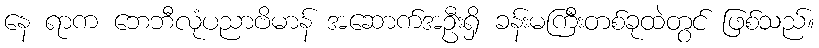
နေ ရာက ဘေဘီလုံပညာဗိမာန် အဆောက်အဦးရှိ ခန်းမကြီးတစ်ခုထဲတွင် ဖြစ်သည်။